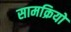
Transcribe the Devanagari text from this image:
सामक्रियों